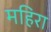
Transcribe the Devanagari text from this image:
महिरा